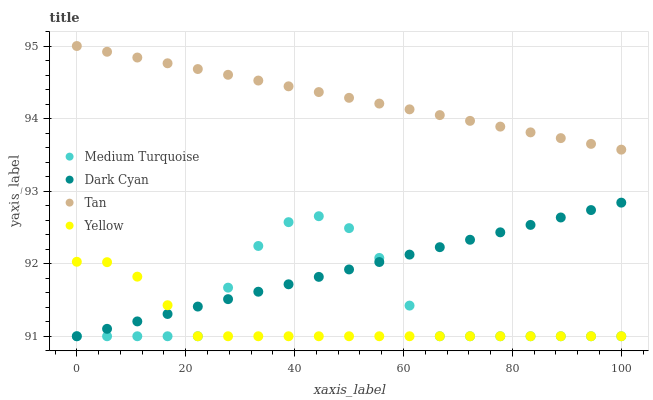
| xaxis_label | Medium Turquoise | Dark Cyan | Tan | Yellow |
 | --- | --- | --- | --- | --- |
 | 0 | 91 | 91 | 95 | 92 |
 | 5.56 | 91 | 91.1 | 94.9 | 92 |
 | 11.1 | 91 | 91.2 | 94.8 | 91.8 |
 | 16.7 | 91 | 91.3 | 94.8 | 91.4 |
 | 22.2 | 91 | 91.4 | 94.7 | 91 |
 | 27.8 | 91.7 | 91.5 | 94.6 | 91 |
 | 33.3 | 92.2 | 91.6 | 94.5 | 91 |
 | 38.9 | 92.6 | 91.7 | 94.4 | 91 |
 | 44.4 | 92.7 | 91.8 | 94.4 | 91 |
 | 50 | 92.5 | 91.9 | 94.3 | 91 |
 | 55.6 | 92.1 | 92 | 94.2 | 91 |
 | 61.1 | 91.4 | 92.1 | 94.1 | 91 |
 | 66.7 | 91 | 92.2 | 94 | 91 |
 | 72.2 | 91 | 92.3 | 94 | 91 |
 | 77.8 | 91 | 92.4 | 93.9 | 91 |
 | 83.3 | 91 | 92.5 | 93.8 | 91 |
 | 88.9 | 91 | 92.6 | 93.7 | 91 |
 | 94.4 | 91 | 92.7 | 93.7 | 91 |
 | 100 | 91 | 92.8 | 93.6 | 91 |